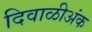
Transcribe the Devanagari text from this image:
दिवाळीअंक